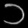
Digit: ၁